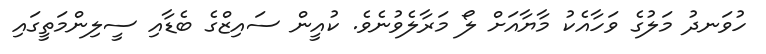
ހުވަނދު މަލުގެ ވަހާއެކު މާޔާއަށް ލޯ މަރާލެވުނެވެ. ކުއީން ސައިޒްގެ ބެޑާއި ސީލިންމަތީގައި